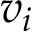
v _ { i }